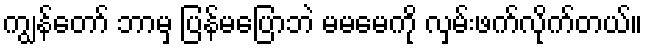
ကျွန်တော် ဘာမှ ပြန်မပြောဘဲ မမမေကို လှမ်းဖက်လိုက်တယ်။